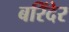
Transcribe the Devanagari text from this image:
बरिंदेर